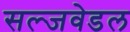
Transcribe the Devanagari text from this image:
सल्जवेडल